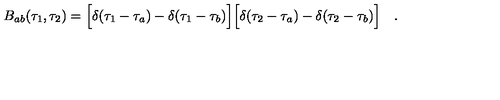
B _ { a b } ( \tau _ { 1 } , \tau _ { 2 } ) = \Bigl [ \delta ( \tau _ { 1 } - \tau _ { a } ) - \delta ( \tau _ { 1 } - \tau _ { b } ) \Bigr ] \Bigl [ \delta ( \tau _ { 2 } - \tau _ { a } ) - \delta ( \tau _ { 2 } - \tau _ { b } ) \Bigr ] \quad .